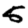
Digit: 5